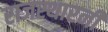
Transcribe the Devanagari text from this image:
राजस्थारनी